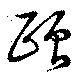
頥